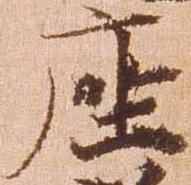
座